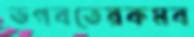
ভগবতেরকমব